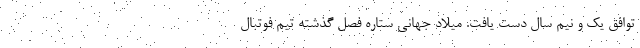
توافق یک و نیم سال دست یافت. میلاد جهانی ستاره فصل گذشته تیم فوتبال